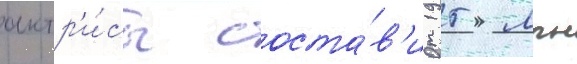
актр'и́сы соста́в'ит 15 млн